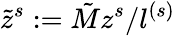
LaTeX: \tilde{z}^{s}:=\tilde{M}z^{s}/l^{(s)}